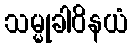
သမ္မုခါဝိနယံ